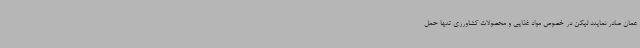
عمان صادر نمایند لیکن در خصوص مواد غذایی و محصولات کشاورزی تنها حمل